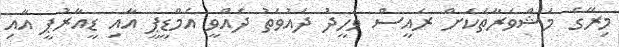
މިރޭގެ މަޝްވަރާތަކަށް ރައީސް ވަހީދު ދައުވަތު ދެއްވީ އެމްޑީޕީ އާއި ޑީއާރުޕީ އާއި